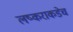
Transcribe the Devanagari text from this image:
लष्कराकडेच